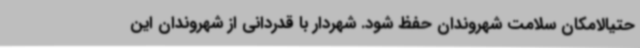
حتیالامکان سلامت شهروندان حفظ شود. شهردار با قدردانی از شهروندان این